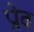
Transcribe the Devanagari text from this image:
प्रोव